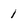
Character: 1